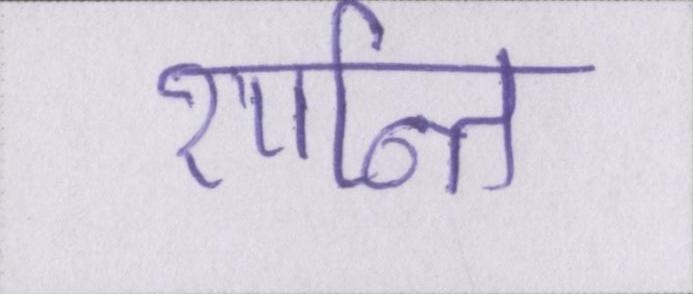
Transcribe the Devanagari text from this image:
शान्ति